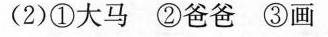
(2)①大马 ②爸爸 ③画